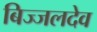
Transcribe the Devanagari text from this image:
बिज्जलदेव